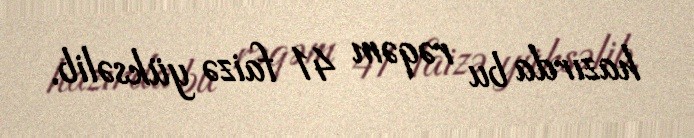
hazırda bu rəqəm 41 faizə yüksəlib.